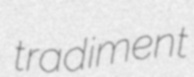
tradiment